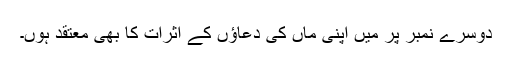
دوسرے نمبر پر میں اپنی ماں کی دعاؤں کے اثرات کا بھی معتقد ہُوں۔